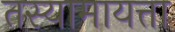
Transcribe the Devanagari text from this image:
तस्यामायत्ता